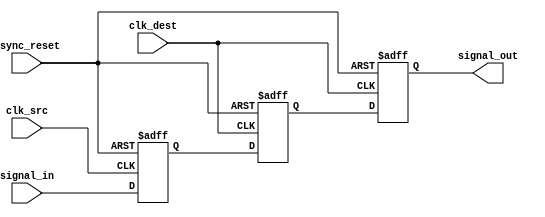
module signal_crossing_synchronizer #(
    parameter STAGES = 2 // Number of synchronizer stages (2 or 3)
)(
    input  wire clk_src,          // Source clock
    input  wire clk_dest,         // Destination clock
    input  wire async_reset,      // Asynchronous reset (optional)
    input  wire signal_in,        // Input signal from the source clock domain
    output reg  signal_out        // Synchronized output signal in the destination clock domain
);

    // Intermediate registers for the synchronizer stages
    reg [STAGES-1:0] sync_reg;

    // Input flip-flop: Capture the incoming signal on the rising edge of the source clock
    always @(posedge clk_src or posedge async_reset) begin
        if (async_reset) begin
            sync_reg[0] <= 1'b0; // Initialize to known state
        end else begin
            sync_reg[0] <= signal_in; // Capture input signal
        end
    end

    // Intermediate flip-flops: Synchronize the signal to the destination clock
    generate
        genvar i;
        for (i = 1; i < STAGES; i = i + 1) begin : sync_stage
            always @(posedge clk_dest or posedge async_reset) begin
                if (async_reset) begin
                    sync_reg[i] <= 1'b0; // Initialize to known state
                end else begin
                    sync_reg[i] <= sync_reg[i-1]; // Pass the signal through
                end
            end
        end
    endgenerate

    // Output flip-flop: Provide the final synchronized output signal
    always @(posedge clk_dest or posedge async_reset) begin
        if (async_reset) begin
            signal_out <= 1'b0; // Initialize to known state
        end else begin
            signal_out <= sync_reg[STAGES-1]; // Output the final synchronized value
        end
    end

endmodule